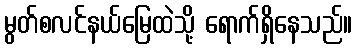
မွတ်စလင်နယ်မြေထဲသို့ ရောက်ရှိနေသည်။